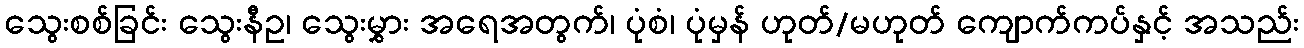
သွေးစစ်ခြင်း သွေးနီဥ၊ သွေးမွှား အရေအတွက်၊ ပုံစံ၊ ပုံမှန် ဟုတ်/မဟုတ် ကျောက်ကပ်နှင့် အသည်း